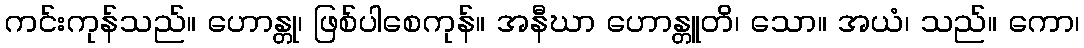
ကင်းကုန်သည်။ ဟောန္တု၊ ဖြစ်ပါစေကုန်။ အနီဃာ ဟောန္တူတိ၊ သော။ အယံ၊ သည်။ ကော၊